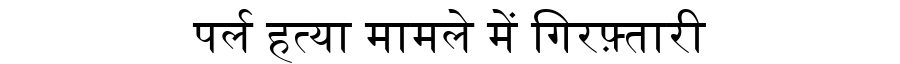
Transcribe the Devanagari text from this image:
पर्ल हत्या मामले में गिरफ़्तारी